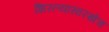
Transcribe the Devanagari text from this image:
शिरल्यासारखेच